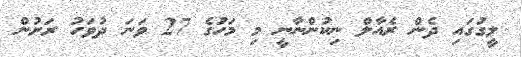
ލީގުގައި ދެން ރެއާލް ނިކުންނާނީ މި މަހުގެ 27 ވަނަ ދުވަހު ރަށުން